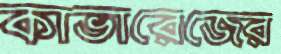
কাভারেজের